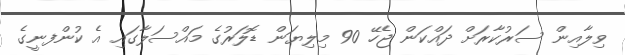
ވިލާއިން ސަރުކާރަށް ދައްކަން ޖެހޭ 90 މިލިޔަން ޑޮލަރުގެ މައްސަލާގައި އެ ކުންފނީގެ